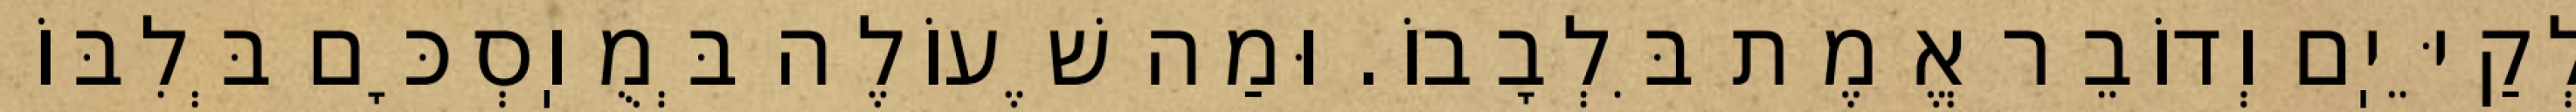
לְקַיֵּיֽם וְדוֹבֵר אֱמֶת בִּלְבָבוֹ. וּמַה שֶׁעוֹלֶה בְּמֻוֽסְכָּם בְּלִבּוֹ